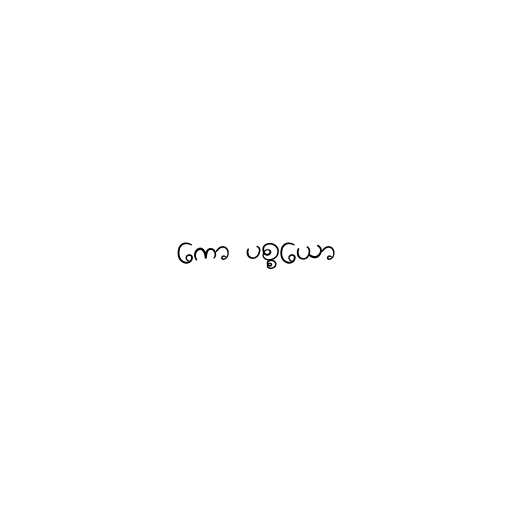
ကော ပစ္စယော